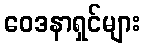
ဝေဒနာရှင်များ